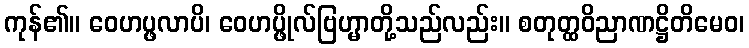
ကုန်၏။ ဝေဟပ္ဖလာပိ၊ ဝေဟပ္ဖိုလ်ဗြဟ္မာတို့သည်လည်း။ စတုတ္ထဝိညာဏဋ္ဌိတိမေဝ၊